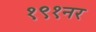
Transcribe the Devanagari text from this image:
१९१नर